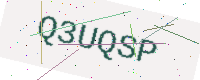
Text: Q3UQSP